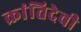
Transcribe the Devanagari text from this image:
क्रांतिदेवी